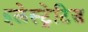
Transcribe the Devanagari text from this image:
इलेस्‍ट्रेटिड